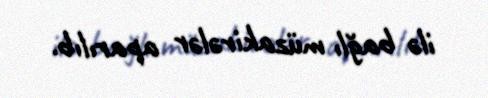
ilə bağlı müzakirələr aparılıb.